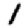
Digit: 1